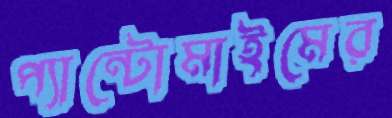
প্যান্টোমাইমের